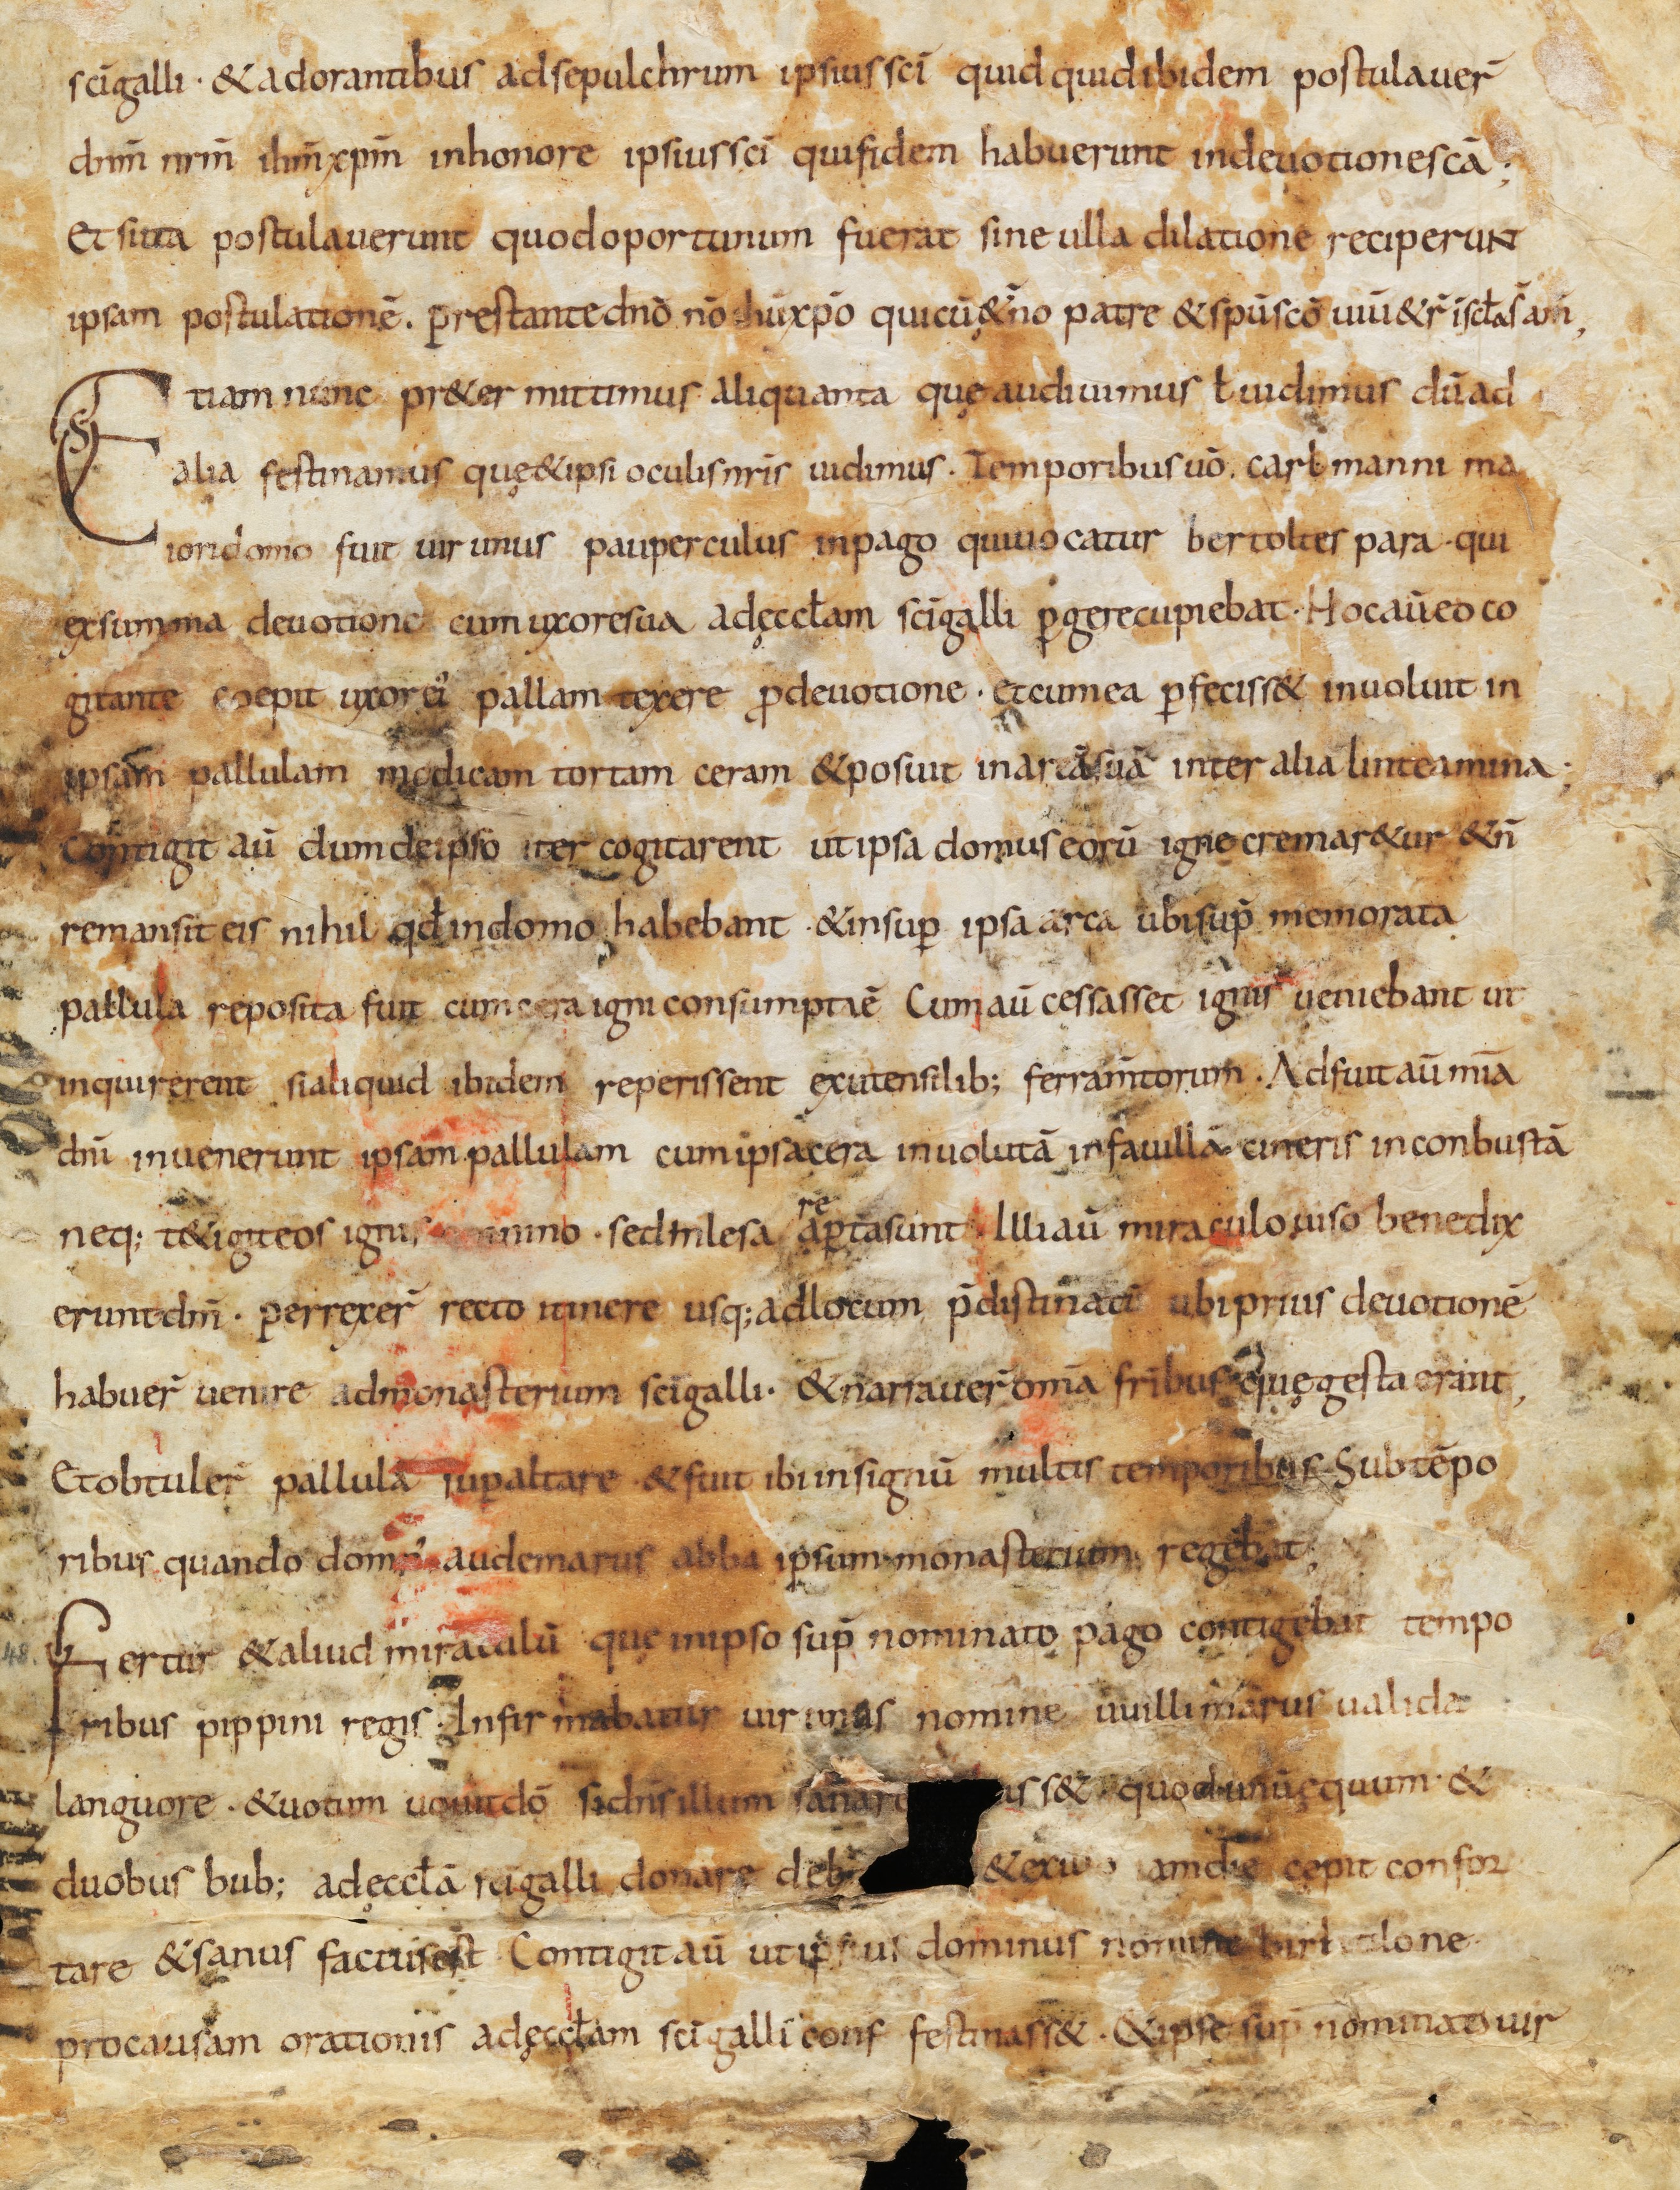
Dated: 800–849